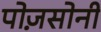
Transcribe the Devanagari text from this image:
पोज़सोनी